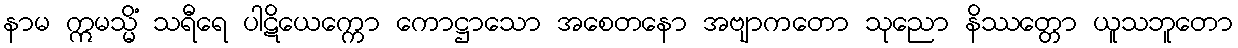
နာမ ဣမသ္မိံ သရီရေ ပါဋိယေက္ကော ကောဋ္ဌာသော အစေတနော အဗျာကတော သုညော နိဿတ္တော ယူသဘူတော